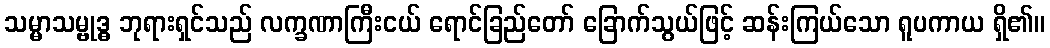
သမ္မာသမ္ဗုဒ္ဓ ဘုရားရှင်သည် လက္ခဏာကြီးငယ် ရောင်ခြည်တော် ခြောက်သွယ်ဖြင့် ဆန်းကြယ်သော ရူပကာယ ရှိ၏။